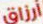
أرزاق